Report on vaccination in Madras 1895-1903 - 1895-1903
Year: 1895
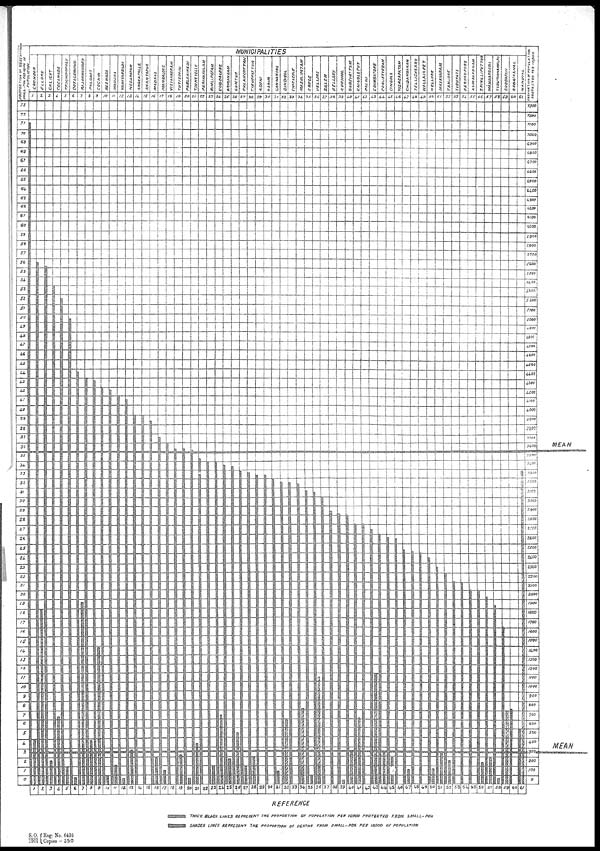
REFERENCE
THICK BLACK LINES REPRESENT THE PROPORTION OF POPULATION PEP 10,000 PROTECTED
FROM
SMALL-POX
SHADED LINES REPRESENT
THE PROPORTION OF DEATHS FROM SMALL-POX
PER 10,000 OF POPULATION
S.O.
1901
Reg: No. 6436
Copies - 350